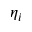
\eta _ { i }